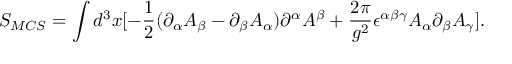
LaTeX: S _ { M C S } = \int d ^ { 3 } x [ - \frac { 1 } { 2 } ( \partial _ { \alpha } A _ { \beta } - \partial _ { \beta } A _ { \alpha } ) \partial ^ { \alpha } A ^ { \beta } + \frac { 2 \pi } { g ^ { 2 } } \epsilon ^ { \alpha \beta \gamma } A _ { \alpha } \partial _ { \beta } A _ { \gamma } ] .